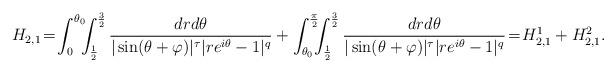
LaTeX: \begin{align*}H_{2,1}\!=\!\int_{0}^{\theta_0}\!\!\!\int_{\frac{1}{2}}^{\frac{3}{2}}\frac{dr d\theta}{|\sin(\theta+\varphi)|^{\tau}|re^{i\theta}-1|^{q}}+\int_{\theta_0}^{\frac{\pi}{2}}\!\!\!\int_{\frac{1}{2}}^{\frac{3}{2}}\frac{dr d\theta}{|\sin(\theta+\varphi)|^{\tau}|re^{i\theta}-1|^{q}}\!=\!H_{2,1}^1+H_{2,1}^2.\end{align*}